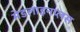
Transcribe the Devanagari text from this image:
मेडलाइनप्लस